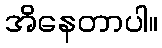
အိနေတာပါ။